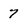
Character: 7